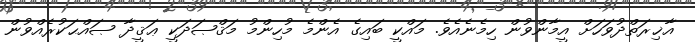
އާޚިރަތްދުވަހަށް އީމާންވުން ހިމެނެއެވެ. މައްކީ ބައިގެ އެންމެ މުހިންމު މަޤްޞަދަކީ ޢަޤީދާ ޞައްޙަކުރެއްވުން